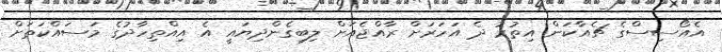
އެއޯސިސްގެ ޗެއާކަން އިތުރު ދެ އަހަރަށް ރާއްޖެއަށް ލިބިގެންދިޔައީ އެ އިއްތިހާދުގެ މަސައްކަތަށް